Calcutta medical institutions reports 1892-1900
Year: 1892
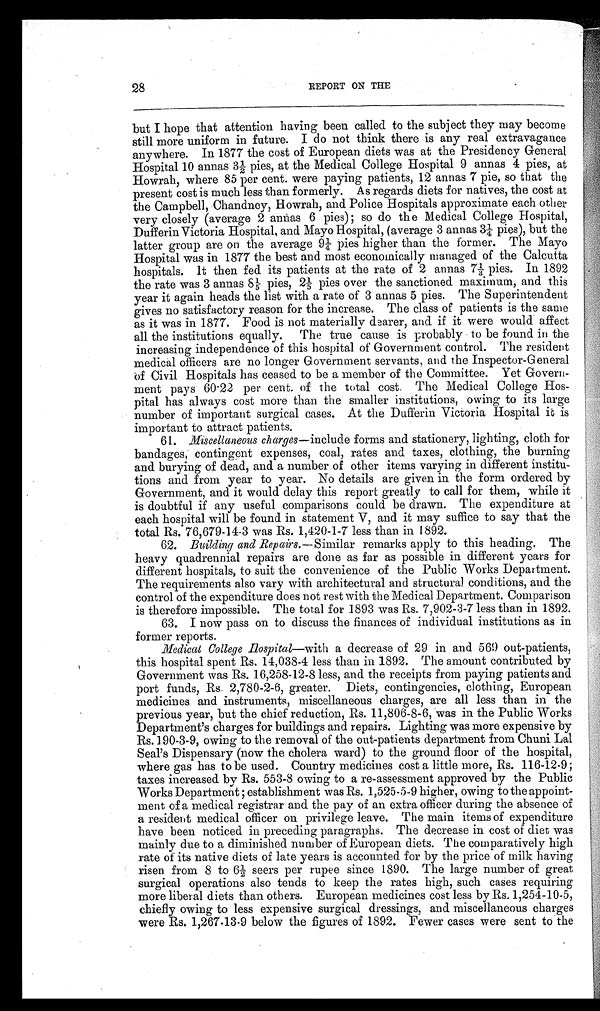
28
REPORT ON THE
but I hope that attention having been called to the subject they may become
still more uniform in future. I do not think there is any real extravagance
anywhere. In 1877 the cost of European diets was at the Presidency General
Hospital 10 annas 3½ pies, at the Medical College Hospital 9 annas 4 pies, at
Howrah, where 85 per cent. were paying patients, 12 annas 7 pie, so that the
present cost is much less than formerly. As regards diets for natives, the cost at
the Campbell, Chandney, Howrah, and Police Hospitals approximate each other
very closely (average 2 annas 6 pies); so do the Medical College Hospital,
Dufferin Victoria Hospital, and Mayo Hospital, (average 3 annas 3¼ pies), but the
latter group are on the average 9¼ pies higher than the former. The Mayo
Hospital was in 1877 the best and most economically managed of the Calcutta
hospitals. It then fed its patients at the rate of 2 annas 7 ⅓ pies. In 1892
the rate was 3 annas 81/5pies, 21/5 pies over the sanctioned maximum, and this
year it again heads the list with a rate of 3 annas 5 pies. The Superintendent
gives no satisfactory reason for the increase. The class of patients is the same
as it was in 1877. Food is not materially dearer, and if it were would affect
all the institutions equally. The true cause is probably to be found in the
increasing independence of this hospital of Government control. The resident
medical officers are no longer Government servants, and the Inspector-General
of Civil Hospitals has ceased to be a member of the Committee. Yet Govern
-ment pays 60.22 per cent. of the total cost. The Medical College Hos
-pital has always cost more than the smaller institutions, owing to its large
number of important surgical cases. At the Dufferin Victoria Hospital it is
important to attract patients.
61.
Miscellaneous charges —include forms and stationery, lighting, cloth for
bandages, contingent expenses, coal, rates and taxes, clothing, the burning
and burying of dead, and a number of other items varying in different institu
-tions and from year to year. No details are given in the form ordered by
Government, and it would delay this report greatly to call for them, while it
is doubtful if any useful comparisons could be drawn. The expenditure at
each hospital will be found in statement V, and it may suffice to say that the
total Rs. 76,679-14-3 was Rs. 1,420-1-7 less than in 1892.
62.
Building and Repairs.—Similar remarks apply to this heading. The
heavy quadrennial repairs are done as far as possible in different years for
different hospitals, to suit the convenience of the Public Works Department.
The requirements also vary with architectural and structural conditions, and the
control of the expenditure does not rest with the Medical Department. Comparison
is therefore impossible. The total for 1893 was Rs. 7,902-3-7 less than in 1892.
63. I now pass on to discuss the finances of individual institutions as in
former reports.
Medical College Hospital —with a decrease of 29 in and 569 out-patients,
this hospital spent Rs. 14,038-4 less than in 1892. The amount contributed by
Government was Rs. 16,258-12-8 less, and the receipts from paying patients and
port funds, Rs. 2,780-2-6, greater. Diets, contingencies, clothing, European
medicines and instruments, miscellaneous charges, are all less than in the
previous year, but the chief reduction, Rs. 11,806-8-6, was in the Public Works
Department's charges for buildings and repairs. Lighting was more expensive by
Rs. 190-3-9, owing to the removal of the out-patients department from Chuni Lal
Seal's Dispensary (now the cholera ward) to the ground floor of the hospital,
where gas has to be used. Country medicines cost a little more, Rs. 116-12-9
; t a x e s i n c r e a s e d b y R s . 5 5 3 - 8 o w i n g t o a r e - a s s e s s m e n t a p p r o v e d b y t h e P u b l i c
Works Department ;establishment was Rs. 1,525-5-9 higher, owing to the appoint
-ment of a medical registrar and the pay of an extra officer during the absence of
a resident medical officer on privilege leave. The main items of expenditure
have been noticed in preceding paragraphs. The decrease in cost of diet was
mainly due to a diminished number of European diets. The comparatively high
rate of its native diets of late years is accounted for by the price of milk having
risen from 8 to 6½ seers per rupee since 1890. The large number of great
surgical operations also tends to keep the rates high, such cases requiring
more liberal diets than others. European medicines cost less by Rs. 1,254-10-5,
chiefly owing to less expensive surgical dressings, and miscellaneous charges
were Rs. 1,267-13-9 below the figures of 1892. Fewer cases were sent to the